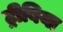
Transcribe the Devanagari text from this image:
ट्रीबिया